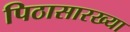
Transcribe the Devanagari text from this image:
पिठासारख्या